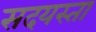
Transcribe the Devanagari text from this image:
सदयस्ता